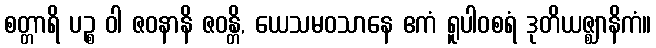
စတ္တာရိ ပဉ္စ ဝါ ဇဝနာနိ ဇဝန္တိ, ယေသမဝသာနေ ဧကံ ရူပါဝစရံ ဒုတိယဇ္ဈာနိကံ။